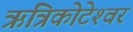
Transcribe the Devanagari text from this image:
ऋत्रिकोटेश्‍वर